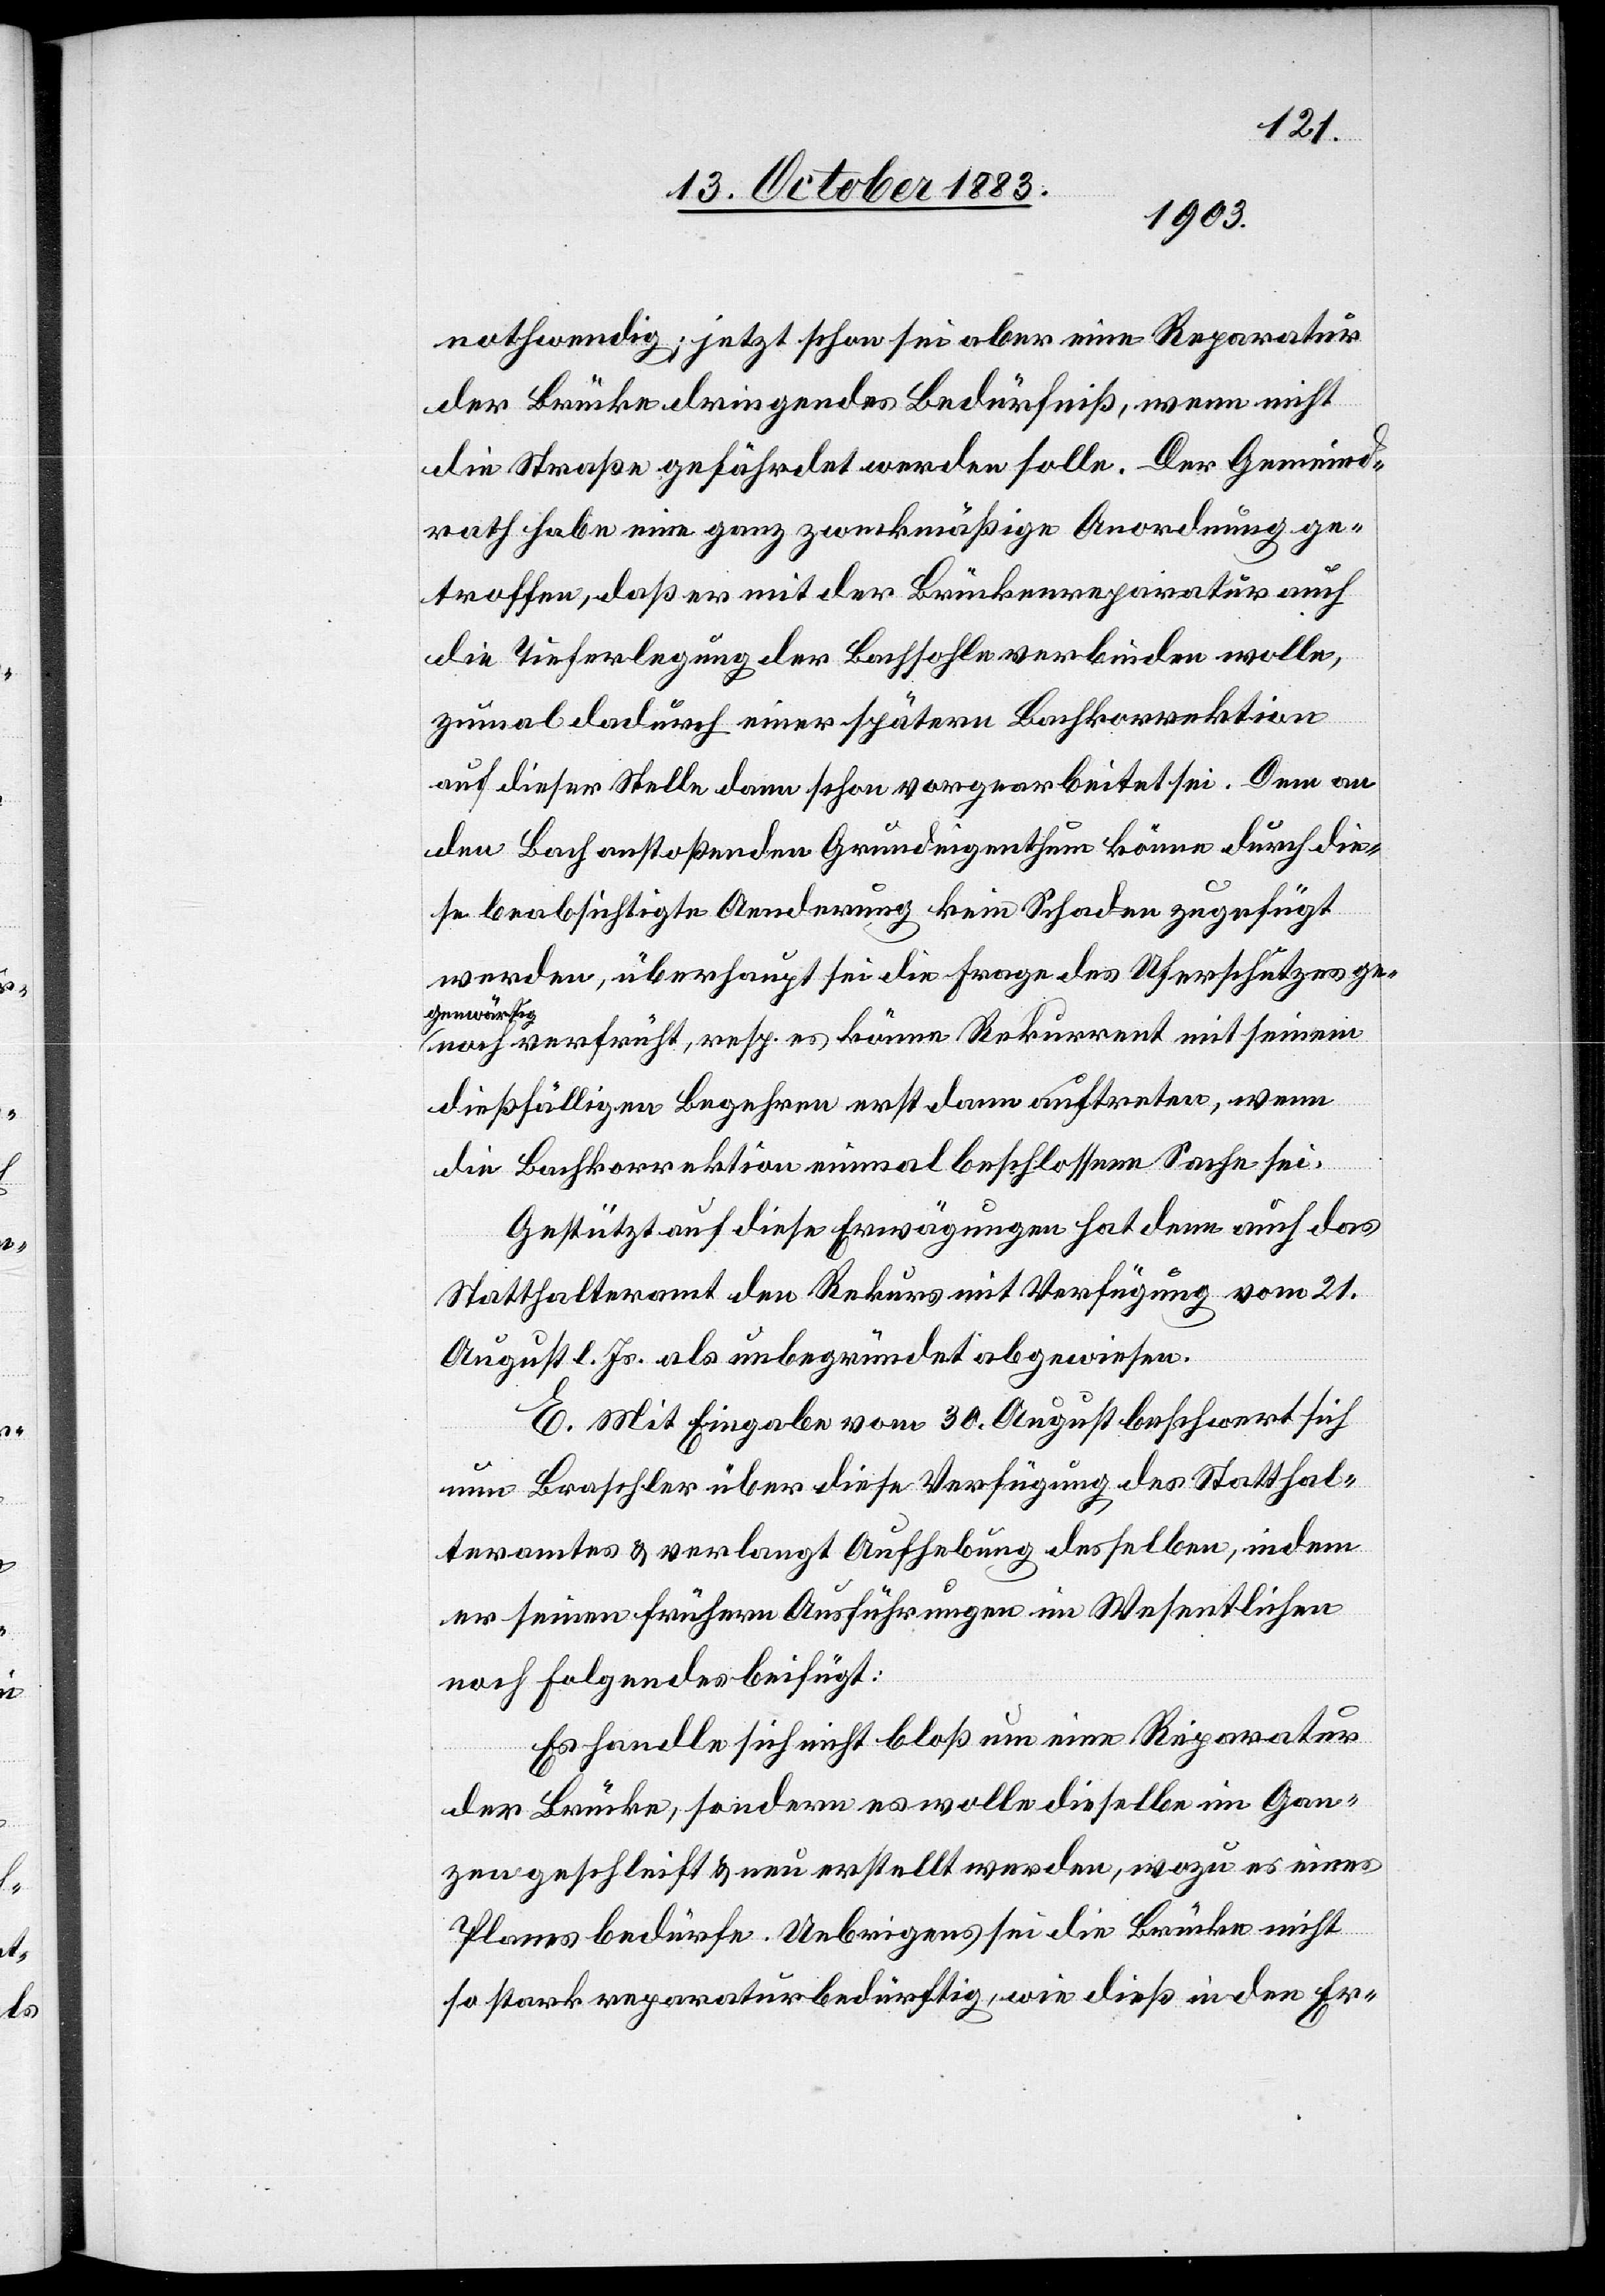
nothwendig; jetzt schon sei aber eine Reparatur
der Brücke dringendes Bedürfniß, wenn nicht
die Straße gefährdet werden solle. Der Gemeind¬
rath habe eine ganz zweckmäßige Anordnung ge¬
troffen, daß er mit der Brückenreparatur auch
die Tieferlegung der Bachsohle verbinden wolle,
zumal dadurch einer spätern Bachkorrektion
auf dieser Stelle dann schon vorgearbeitet sei. Dem an
den Bach anstoßenden Grundeigenthum könne durch die¬
se beabsichtigte Aenderung kein Schaden zugefügt
werden, überhaupt sei die Frage des Uferschutzes ge¬
genwärtig
noch verfrüht, resp. es könne Rekurrent mit seinem
dießfälligen Begehren erst dann auftreten, wenn
die Bachkorrektion einmal beschlossene Sache sei.
Gestützt auf diese Erwägungen hat denn auch das
Statthalteramt den Rekurs mit Verfügung vom 21.
August l. Js. als unbegründet abgewiesen.
E. Mit Eingabe vom 30. August beschwert sich
nun Braschler über die Verfügung des Statthal¬
teramtes & verlangt Aufhebung desselben, indem
er seinen frühern Ausführungen im Wesentlichen
noch Folgendes beifügt:
Es handle sich nicht bloß um eine Reparatur
der Brücke, sondern es wolle dieselbe im Gan¬
zen geschleift & neu erstellt werden, wozu es eines
Planes bedürfe. Uebrigens sei die Brücke nicht
so stark reparaturbedürftig, wie dieß in den Er-